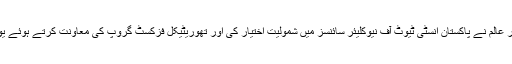
1970 کے اوائل میں وطن واپسی کے بعد ڈاکٹر عالم نے پاکستان انسٹی ٹیوٹ آف نیوکلیئر سائنسز میں شمولیت اختیار کی اور تھوریٹیکل فزکسٹ گروپ کی معاونت کرتے ہوئے یورینیم آئسوٹوپس کو الگ کرنے کی مشین بنائی۔